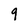
Character: 9